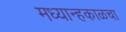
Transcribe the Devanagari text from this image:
मध्यान्हकाळचा